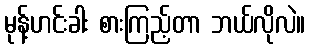
မုန့်ဟင်းခါး စားကြည့်တာ ဘယ်လိုလဲ။